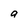
Character: a